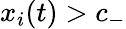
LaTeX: x_{i}(t)>c_{-}